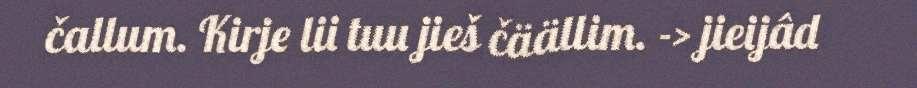
čallum. Kirje lii tuu jieš čäällim. -> jieijâd